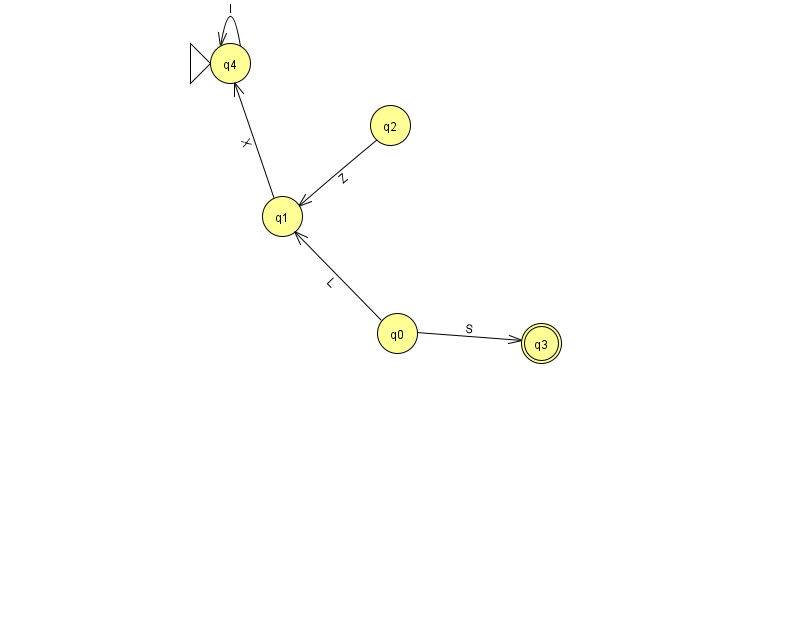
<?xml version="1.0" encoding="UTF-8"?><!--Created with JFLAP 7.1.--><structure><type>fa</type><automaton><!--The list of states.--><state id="0" name="q0"><x>397.0</x><y>320.0</y></state><state id="1" name="q1"><x>282.0</x><y>203.0</y></state><state id="2" name="q2"><x>390.0</x><y>112.0</y></state><state id="3" name="q3"><x>541.0</x><y>330.0</y><final/></state><state id="4" name="q4"><x>230.0</x><y>50.0</y><initial/></state><!--The list of transitions.--><transition><from>2</from><to>1</to><read>Z</read></transition><transition><from>1</from><to>4</to><read>X</read></transition><transition><from>4</from><to>4</to><read>l</read></transition><transition><from>0</from><to>1</to><read>L</read></transition><transition><from>0</from><to>3</to><read>S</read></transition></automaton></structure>